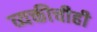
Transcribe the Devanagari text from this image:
व्यक्तीचीही